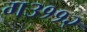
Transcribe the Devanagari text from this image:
ग३११२